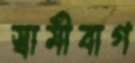
স্বামীবাগ